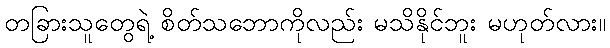
တခြားသူတွေရဲ့ စိတ်သဘောကိုလည်း မသိနိုင်ဘူး မဟုတ်လား။